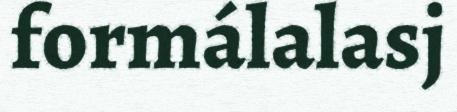
formálalasj